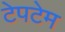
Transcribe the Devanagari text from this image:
टेपटेम